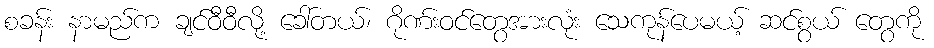
စခန်း နာမည်က ချင်ဝီဝီလို့ ခေါ်တယ်၊ ဂိုဏ်းဝင်တွေအားလုံး သေကုန်ပေမယ့် ဆင်စွယ် တွေကို